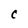
Character: C